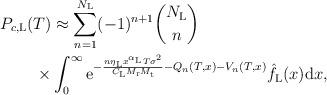
LaTeX: \begin{align*}P_{c,\mathrm{L}}(T)&\approx\sum_{n=1}^{N_\mathrm{L}}(-1)^{n+1}{N_\mathrm{L}\choose{n}}\\\times&\int_{0}^{\infty}\mathrm{e}^{-\frac{n \eta_\mathrm{L} x^{\alpha_\mathrm{L}}T\sigma^2}{C_\mathrm{L}M_\mathrm{r}M_\mathrm{t}}-Q_n(T,x)-V_n(T,x)}\hat{f}_\mathrm{L}(x)\mathrm{d}x,\end{align*}